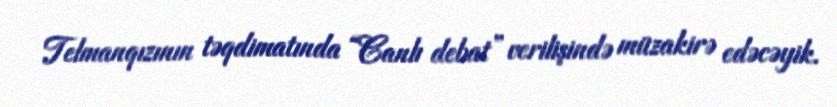
Telmanqızının təqdimatında “Canlı debat” verilişində müzakirə edəcəyik.